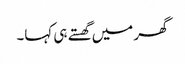
گھر میں گھستے ہی کہا۔